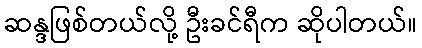
ဆန္ဒဖြစ်တယ်လို့ ဦးခင်ရီက ဆိုပါတယ်။